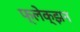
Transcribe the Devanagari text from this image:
फ्लेक्झन